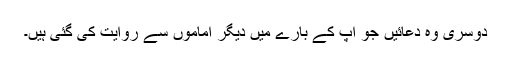
دوسری وہ دعائیں جو آپ کے بارے میں دیگر اماموں سے روایت کی گئی ہیں۔